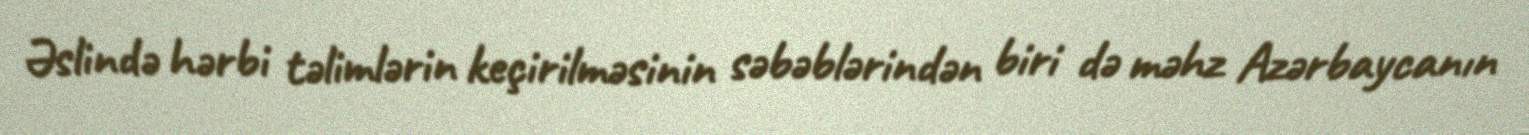
Əslində hərbi təlimlərin keçirilməsinin səbəblərindən biri də məhz Azərbaycanın